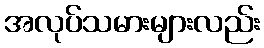
အလုပ်သမားများလည်း